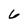
Character: 6